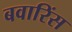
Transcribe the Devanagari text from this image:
बवारिंस